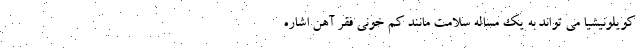
کویلونیشیا می تواند به یک مساله سلامت مانند کم خونی فقر آهن اشاره